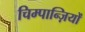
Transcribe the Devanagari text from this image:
चिम्पान्ज़ियों